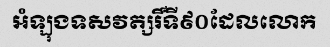
អំឡុងទសវត្សរិ៍ទី៩០ដែលលោក